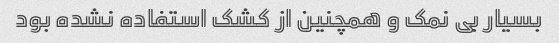
بسیار بی نمک و همچنین از کشک استفاده نشده بود